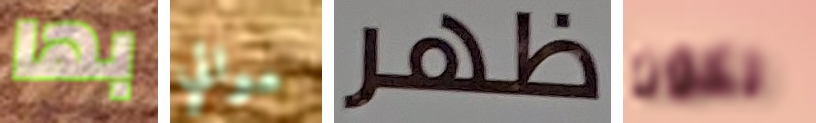
بها موالي ظهر تكون